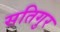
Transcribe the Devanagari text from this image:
सतिगुर